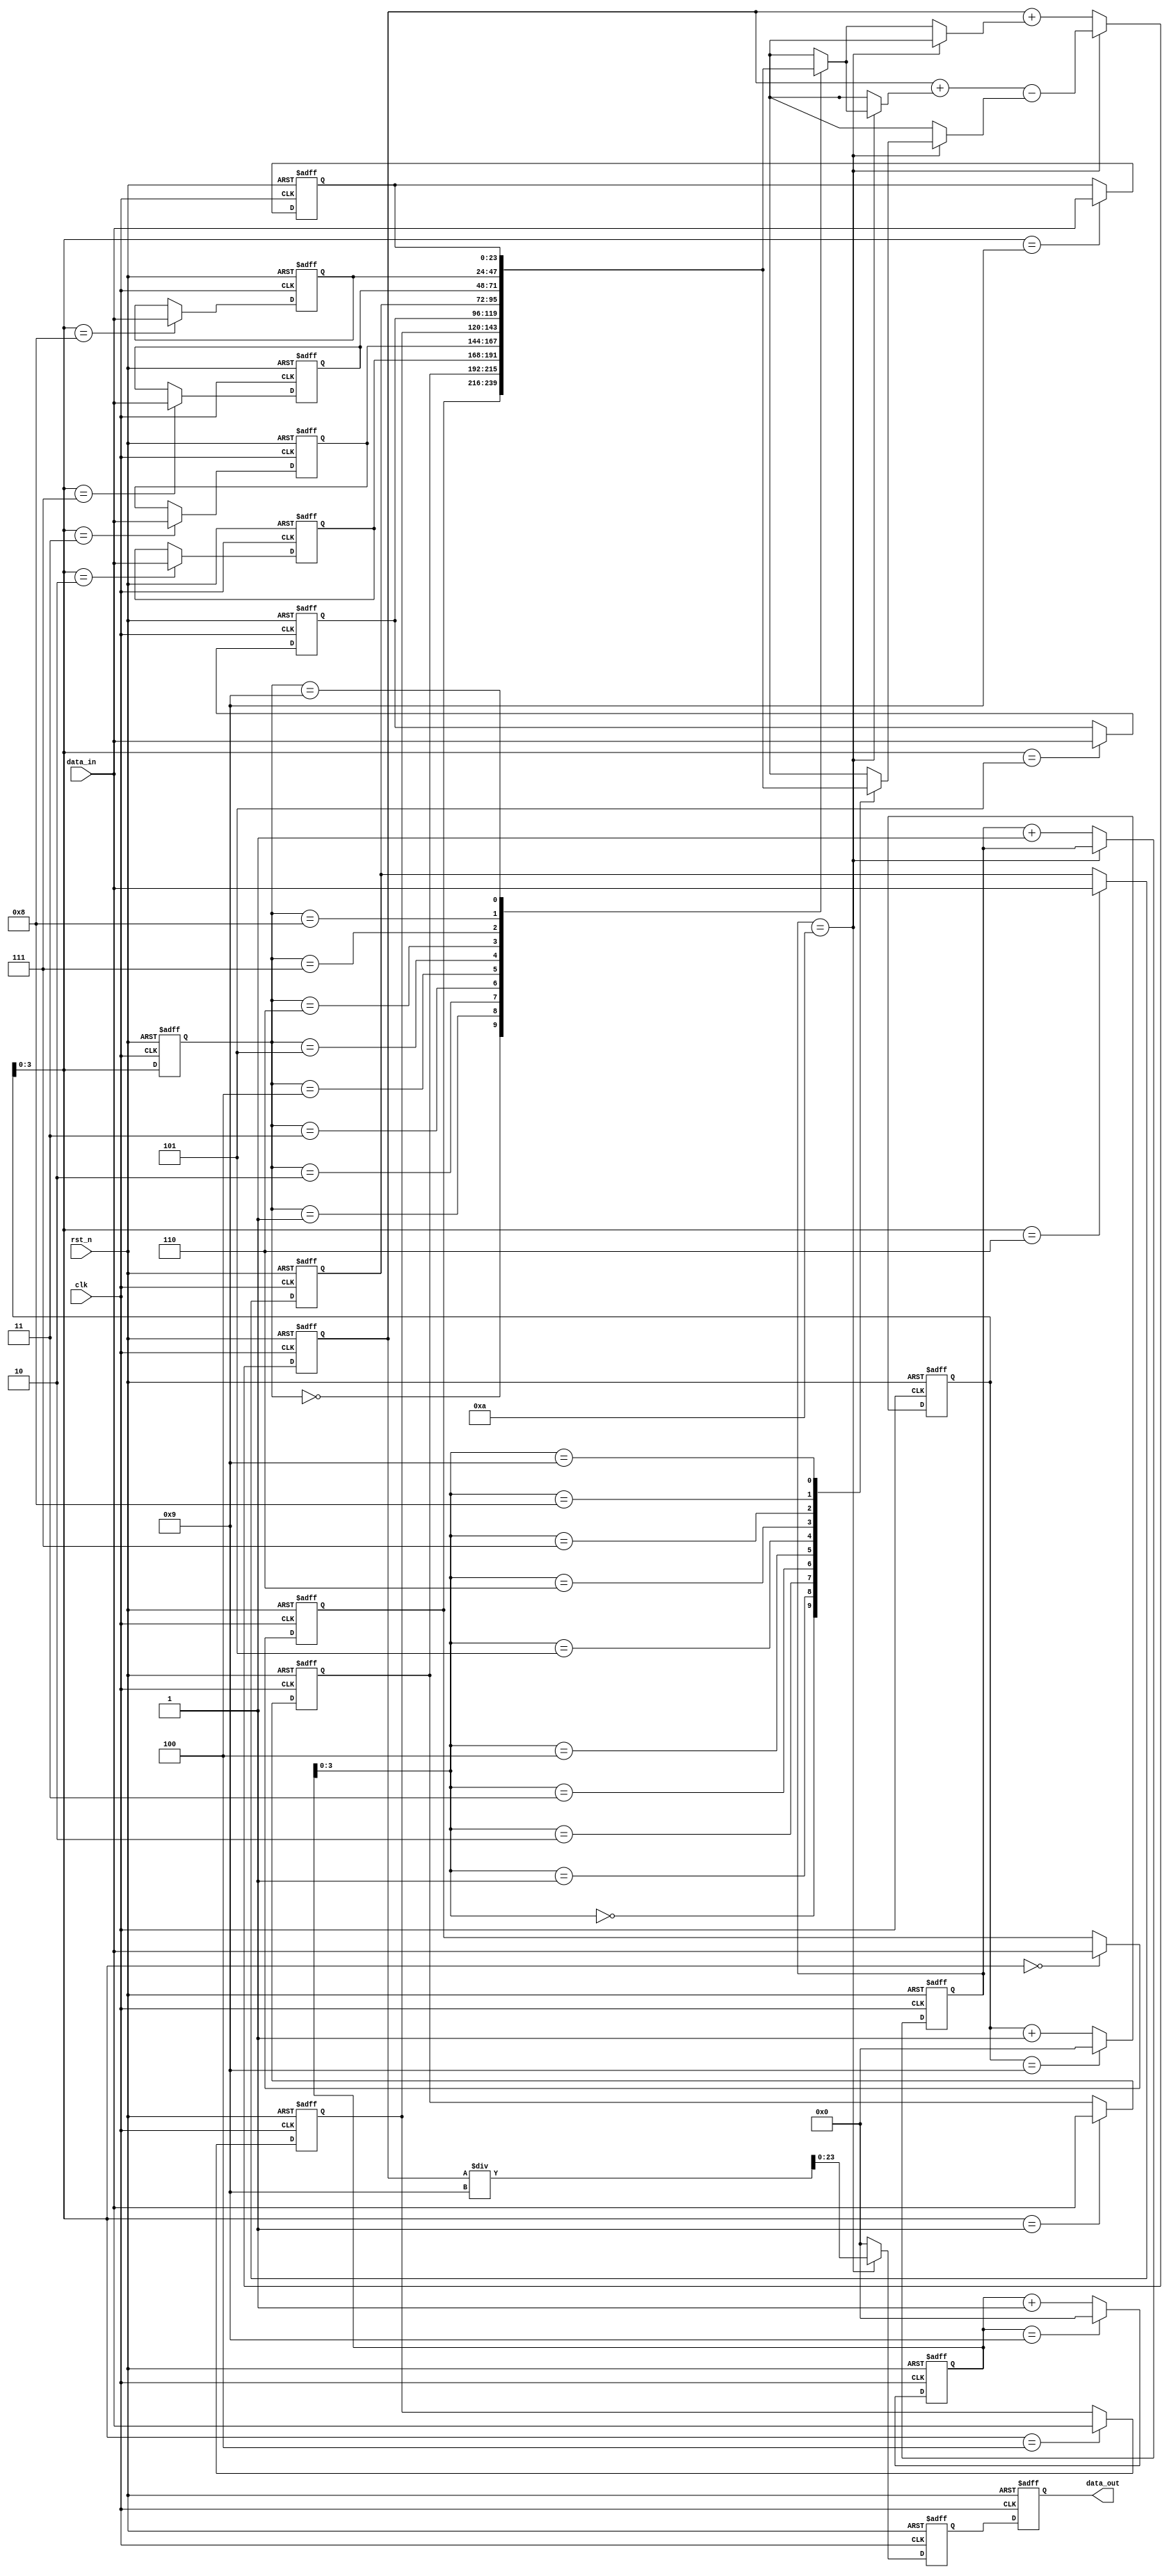
//RAM
module average_calculate
	#(
		parameter N = 10,
		parameter DATA_WIDTH = 24,
		parameter DATA_DEPTH = N,
		parameter RAM_DEPTH = N
	)
	(
	input	clk,
	input	rst_n,
	input	[DATA_WIDTH-1:0]	data_in,
	output	reg	[DATA_WIDTH-1:0]	data_out
);

reg	[31:0] cnt;
wire wr_req;
reg rd_req;

reg [DATA_WIDTH-1:0] wr_cnt;
reg [DATA_WIDTH-1:0] wr_cnt_r;
reg [DATA_WIDTH-1:0] rd_cnt;

reg [33:0]	data_all;
reg [23:0]	data_average;

reg [DATA_WIDTH-1:0] register[RAM_DEPTH-1:0];
//
assign wr_req = 1'b1;
//
always @(posedge clk or negedge rst_n) begin
	if(!rst_n)
		cnt <= 32'd0;
	else if(cnt == N)
		cnt <= cnt;
	else
		cnt <= cnt + 1'b1;
end
//
always @(posedge clk or negedge rst_n) begin
	if(!rst_n)
		rd_req <= 1'b0;
	else if(cnt == N-1)
		rd_req <= 1'b1;
	else
		rd_req <= rd_req;
end
//
always @(posedge clk or negedge rst_n) begin
	if(!rst_n)
		data_all <= 'd0;
	else if(cnt == N)
		data_all <= data_all + register[wr_cnt] - register[rd_cnt];
	else
		data_all <= data_all + register[wr_cnt];
end
//
always @(posedge clk or negedge rst_n) begin
	if(!rst_n)
		data_average <= 'd0;
	else if(cnt == N)
		data_average <= data_all/(N-1);
	else
		data_average <= 'd0;
end
//
always @(posedge clk or negedge rst_n) begin
	if(!rst_n)
		data_out <= 'd0;
	else
		data_out <= data_average;
end
//
always @(posedge clk or negedge rst_n) begin
	if(!rst_n)
		wr_cnt_r <= 'd0;
	else if(wr_cnt_r == RAM_DEPTH-1'b1)
		wr_cnt_r <= 'd0;
	else
		wr_cnt_r <= wr_cnt_r + 1'b1;
end
//
always @(posedge clk or negedge rst_n) begin
	if(!rst_n)
		wr_cnt <= 'd0;
	else
		wr_cnt <= wr_cnt_r;
end
//
always @(posedge clk or negedge rst_n) begin
	if(!rst_n)
		rd_cnt <= 'd0;
	else if(rd_cnt == RAM_DEPTH-1'b1)
		rd_cnt <= 'd0;
	else
		rd_cnt <= rd_cnt + 1'b1;
end
//
integer i;
always @(posedge clk or negedge rst_n) begin
	if(!rst_n) begin
		for(i=0; i<RAM_DEPTH; i=i+1'b1)
			register[i] <= 'd0;
	end
	else if(wr_req == 1'b1)
		register[wr_cnt_r] <= data_in;
end
endmodule